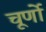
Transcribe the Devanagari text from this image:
चूर्णो